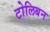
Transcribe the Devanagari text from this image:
टोलिबन